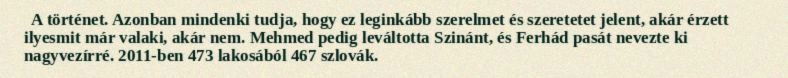
A történet. Azonban mindenki tudja, hogy ez leginkább szerelmet és szeretetet jelent, akár érzett ilyesmit már valaki, akár nem. Mehmed pedig leváltotta Szinánt, és Ferhád pasát nevezte ki nagyvezírré. 2011-ben 473 lakosából 467 szlovák.